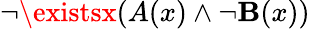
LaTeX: \neg\existsx(A(x)\land\neg\mathbf{B}(x))